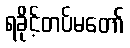
ရခိုင့်တပ်မတော်